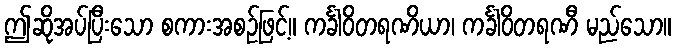
ဤဆိုအပ်ပြီးသော စကားအစဉ်ဖြင့်။ ကင်္ခါဝိတရဏိယာ၊ ကင်္ခါဝိတရဏီ မည်သော။